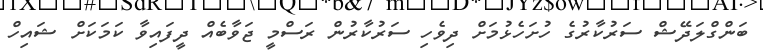
ބަންގްލަދޭޝް ސަރުކާރުގެ ހުށަހެޅުމަށް ދިވެހި ސަރުކާރުން ރަސްމީ ޖަވާބެއް ދީފައިވާ ކަމަކަށް ޝައިހް